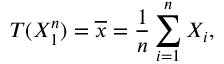
T ( X _ { 1 } ^ { n } ) = { \overline { { x } } } = { \frac { 1 } { n } } \sum _ { i = 1 } ^ { n } X _ { i } ,